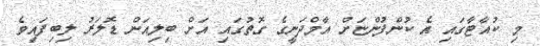
މި ކުއާޓާގައި އެ ކުންފުންޏަށް އާމްދަނީގެ ގޮތުގައި އަށް ބިލިއަން ޑޮލަރު ލިބިފައިވެ